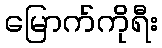
မြောက်ကိုရီး